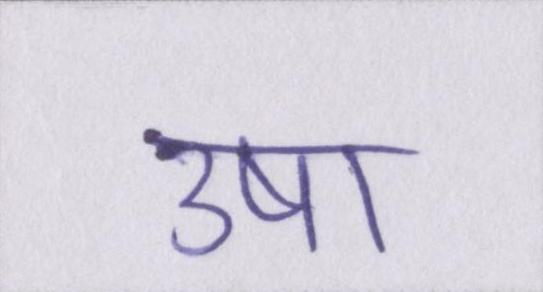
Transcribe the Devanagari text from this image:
उषा